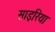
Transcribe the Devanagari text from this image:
साइरिया